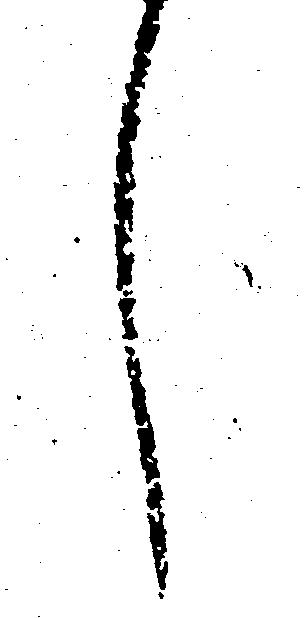
し